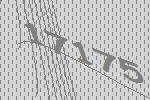
17175